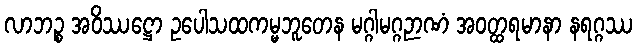
လာဘဉ္စ အဝိဿဋ္ဌော ဥပေါသထကမ္မဘူတေန မဂ္ဂါမဂ္ဂဉာဏံ အဝတ္ထရမာနာ နရဂ္ဂဿ